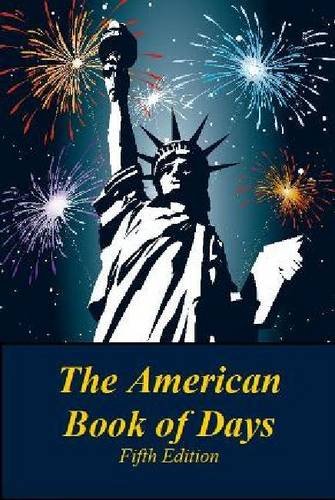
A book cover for The American Book of Days; Hw Wilson; Politics & Social Sciences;